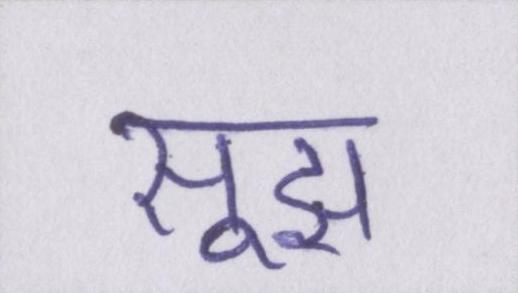
सूझ